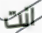
انت